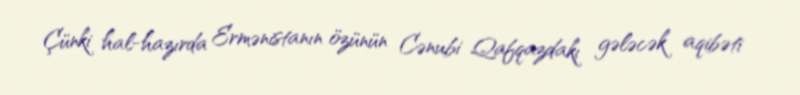
Çünki hal-hazırda Ermənistanın özünün Cənubi Qafqazdakı gələcək aqibəti